Insane asylums Bombay 1873-77 - 1873-1877
Year: 1873
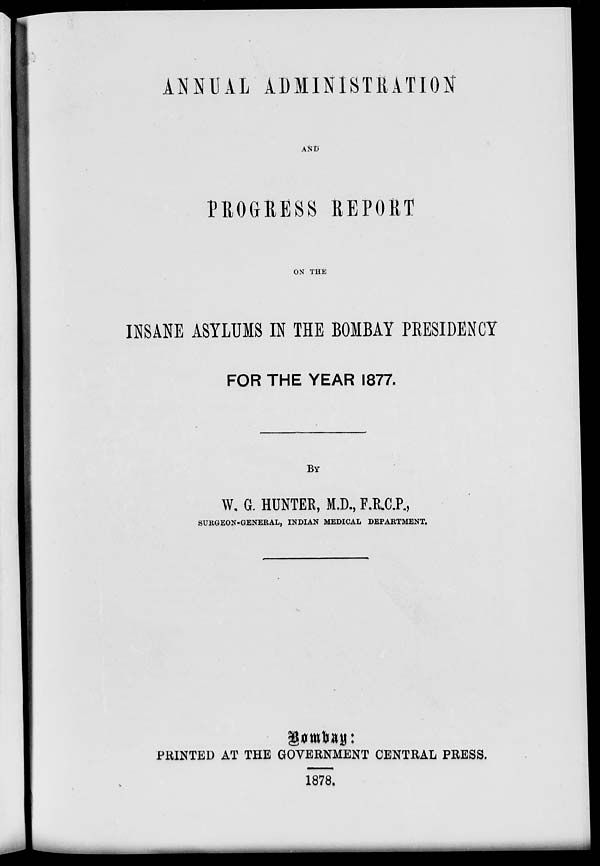
ANNUAL ADMINISTRATION
AND
PROGRESS REPORT
ON THE
INSANE ASYLUMS IN THE BOMBAY PRESIDENCY
FOR THE YEAR 1877.
BY
W. G. HUNTER, M.D., F.R.C.P.,
SURGEON-GENERAL, INDIAN MEDICAL DEPARTMENT.
Bombay:
PRINTED AT THE GOVERNMENT CENTRAL PRESS.
1878.